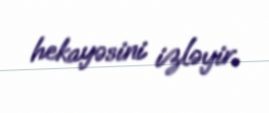
hekayəsini izləyir.